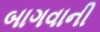
બાગવાની